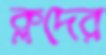
ক্লদের